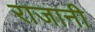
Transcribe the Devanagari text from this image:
राजानी